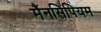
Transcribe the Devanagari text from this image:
मैंनसिपियम